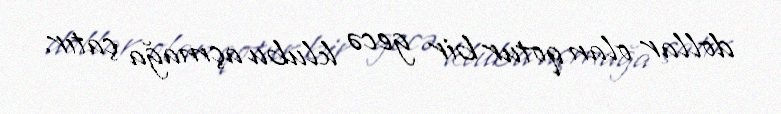
dollar olan qotur bir gecə klubu açmağa çatır.